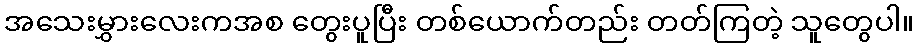
အသေးမွှားလေးကအစ တွေးပူပြီး တစ်ယောက်တည်း တတ်ကြတဲ့ သူတွေပါ။